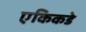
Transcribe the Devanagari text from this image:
एकिकडे